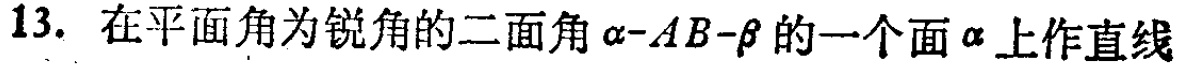
13. 在平面角为锐角的二面角\(\alpha -AB-\beta\)的一个面\(\alpha\)上作直线